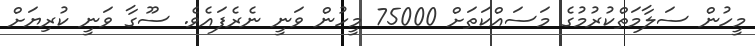
މީހުން ސަލާމަތްކުރުމުގެ މަސައްކަތަށް 75000 މީހުން ވަނީ ނެރެފައެވެ. ސޫގާ ވަނީ ކުރިޔަށް